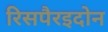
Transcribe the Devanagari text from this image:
रिसपैरइदोन